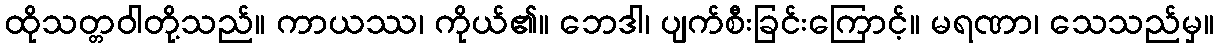
ထိုသတ္တဝါတို့သည်။ ကာယဿ၊ ကိုယ်၏။ ဘေဒါ၊ ပျက်စီးခြင်းကြောင့်။ မရဏာ၊ သေသည်မှ။